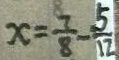
x = \frac { 7 } { 8 } - \frac { 5 } { 1 2 }